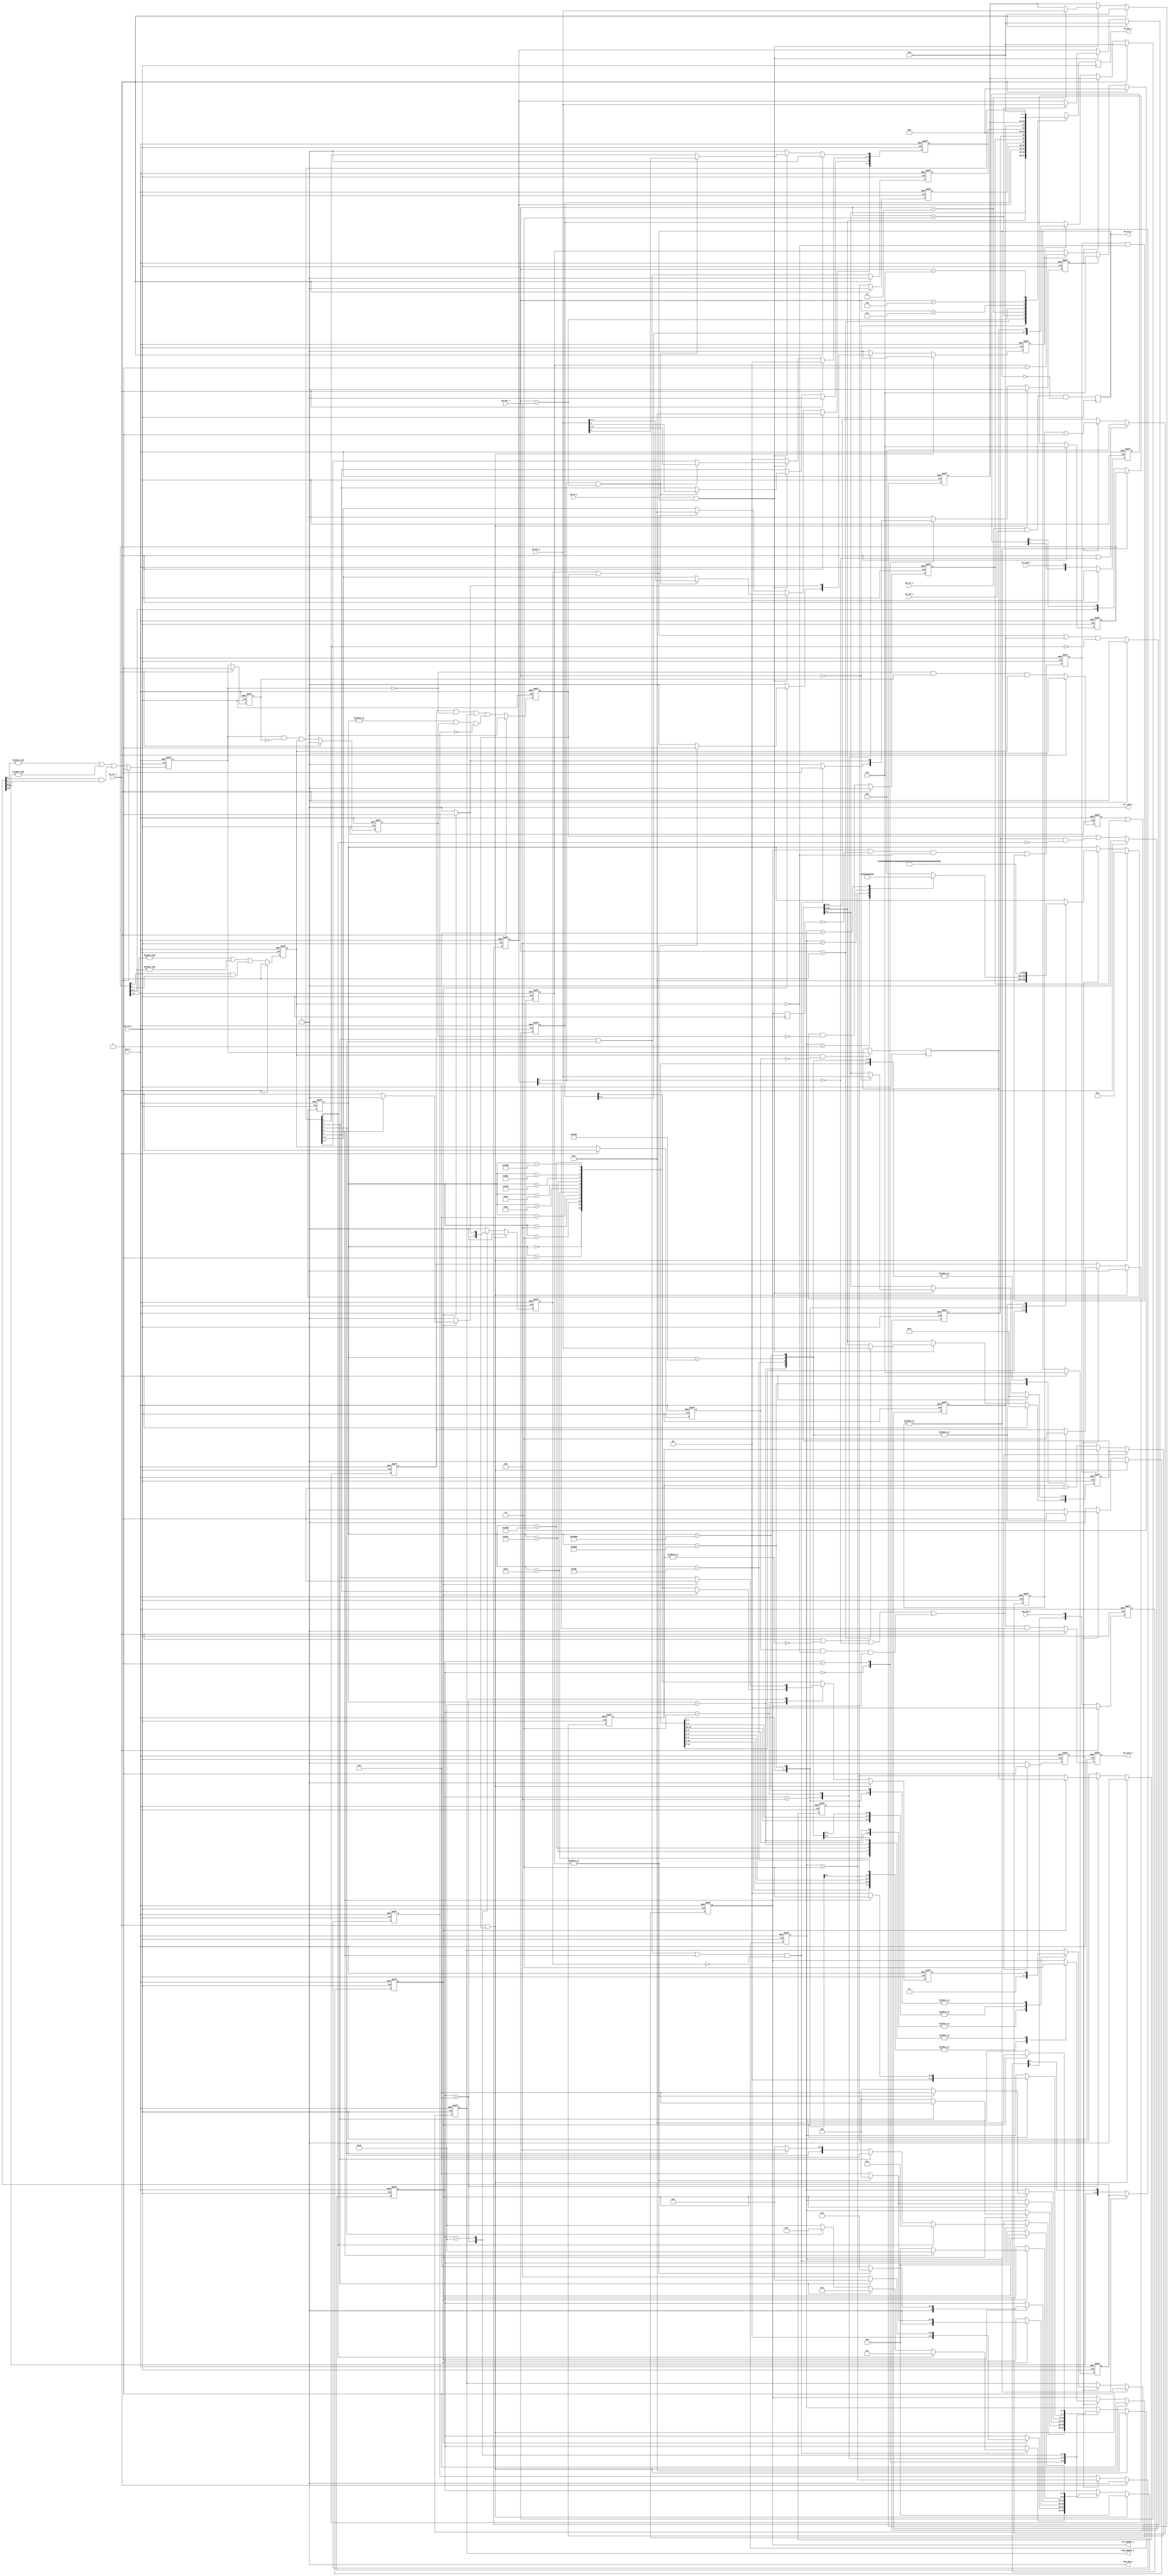
// This program was cloned from: https://github.com/HKUSTGZ-MICS-LYU/FlattenRTL
// License: MIT License

module i2c_master_top(
        wb_clk_i,
        wb_rst_i,
        arst_i,
        wb_adr_i,
        wb_dat_i,
        wb_dat_o,
        wb_we_i,
        wb_stb_i,
        wb_cyc_i,
        wb_ack_o,
        wb_inta_o,
        scl_pad_i,
        scl_pad_o,
        scl_padoen_o,
        sda_pad_i,
        sda_pad_o,
        sda_padoen_o
    );
    parameter ARST_LVL  = 1'b0;
    parameter [4:0]byte_controller_ST_IDLE  = 5'b0_0000;
    parameter [4:0]byte_controller_ST_START  = 5'b0_0001;
    parameter [4:0]byte_controller_ST_READ  = 5'b0_0010;
    parameter [4:0]byte_controller_ST_WRITE  = 5'b0_0100;
    parameter [4:0]byte_controller_ST_ACK  = 5'b0_1000;
    parameter [4:0]byte_controller_ST_STOP  = 5'b1_0000;
    parameter [17:0]byte_controller_bit_controller_idle  = 18'b0_0000_0000_0000_0000;
    parameter [17:0]byte_controller_bit_controller_start_a  = 18'b0_0000_0000_0000_0001;
    parameter [17:0]byte_controller_bit_controller_start_b  = 18'b0_0000_0000_0000_0010;
    parameter [17:0]byte_controller_bit_controller_start_c  = 18'b0_0000_0000_0000_0100;
    parameter [17:0]byte_controller_bit_controller_start_d  = 18'b0_0000_0000_0000_1000;
    parameter [17:0]byte_controller_bit_controller_start_e  = 18'b0_0000_0000_0001_0000;
    parameter [17:0]byte_controller_bit_controller_stop_a  = 18'b0_0000_0000_0010_0000;
    parameter [17:0]byte_controller_bit_controller_stop_b  = 18'b0_0000_0000_0100_0000;
    parameter [17:0]byte_controller_bit_controller_stop_c  = 18'b0_0000_0000_1000_0000;
    parameter [17:0]byte_controller_bit_controller_stop_d  = 18'b0_0000_0001_0000_0000;
    parameter [17:0]byte_controller_bit_controller_rd_a  = 18'b0_0000_0010_0000_0000;
    parameter [17:0]byte_controller_bit_controller_rd_b  = 18'b0_0000_0100_0000_0000;
    parameter [17:0]byte_controller_bit_controller_rd_c  = 18'b0_0000_1000_0000_0000;
    parameter [17:0]byte_controller_bit_controller_rd_d  = 18'b0_0001_0000_0000_0000;
    parameter [17:0]byte_controller_bit_controller_wr_a  = 18'b0_0010_0000_0000_0000;
    parameter [17:0]byte_controller_bit_controller_wr_b  = 18'b0_0100_0000_0000_0000;
    parameter [17:0]byte_controller_bit_controller_wr_c  = 18'b0_1000_0000_0000_0000;
    parameter [17:0]byte_controller_bit_controller_wr_d  = 18'b1_0000_0000_0000_0000;
    input wb_clk_i;
    input wb_rst_i;
    input arst_i;
    input [2:0] wb_adr_i;
    input [7:0] wb_dat_i;
    output reg [7:0] wb_dat_o;
    input wb_we_i;
    input wb_stb_i;
    input wb_cyc_i;
    output reg  wb_ack_o;
    output reg  wb_inta_o;
    input scl_pad_i;
    output scl_pad_o;
    output scl_padoen_o;
    input sda_pad_i;
    output sda_pad_o;
    output sda_padoen_o;
    reg [15:0] prer;
    reg [7:0] ctr;
    reg [7:0] txr;
    wire [7:0] rxr;
    reg [7:0] cr;
    wire [7:0] sr;
    wire done;
    wire core_en;
    wire ien;
    wire irxack;
    reg  rxack;
    reg  tip;
    reg  irq_flag;
    wire i2c_busy;
    wire i2c_al;
    reg  al;
    wire rst_i = ( arst_i ^ ARST_LVL );
    wire wb_wacc = ( wb_we_i & wb_ack_o );
    wire sta = cr[7];
    wire sto = cr[6];
    wire rd = cr[5];
    wire wr = cr[4];
    wire ack = cr[3];
    wire iack = cr[0];
    wire byte_controller_clk;
    wire byte_controller_rst;
    wire byte_controller_nReset;
    wire byte_controller_ena;
    wire [15:0] byte_controller_clk_cnt;
    wire byte_controller_start;
    wire byte_controller_stop;
    wire byte_controller_read;
    wire byte_controller_write;
    wire byte_controller_ack_in;
    wire [7:0] byte_controller_din;
    reg  byte_controller_cmd_ack;
    reg  byte_controller_ack_out;
    wire [7:0] byte_controller_dout;
    wire byte_controller_i2c_busy;
    wire byte_controller_i2c_al;
    wire byte_controller_scl_i;
    wire byte_controller_scl_o;
    wire byte_controller_scl_oen;
    wire byte_controller_sda_i;
    wire byte_controller_sda_o;
    wire byte_controller_sda_oen;
    reg [3:0] byte_controller_core_cmd;
    reg  byte_controller_core_txd;
    wire byte_controller_core_ack;
    wire byte_controller_core_rxd;
    reg [7:0] byte_controller_sr;
    reg  byte_controller_shift;
    reg  byte_controller_ld;
    wire byte_controller_go;
    reg [2:0] byte_controller_dcnt;
    wire byte_controller_cnt_done;
    reg [4:0] byte_controller_c_state;
    wire byte_controller_bit_controller_clk;
    wire byte_controller_bit_controller_rst;
    wire byte_controller_bit_controller_nReset;
    wire byte_controller_bit_controller_ena;
    wire [15:0] byte_controller_bit_controller_clk_cnt;
    wire [3:0] byte_controller_bit_controller_cmd;
    reg  byte_controller_bit_controller_cmd_ack;
    reg  byte_controller_bit_controller_busy;
    reg  byte_controller_bit_controller_al;
    wire byte_controller_bit_controller_din;
    reg  byte_controller_bit_controller_dout;
    wire byte_controller_bit_controller_scl_i;
    wire byte_controller_bit_controller_scl_o;
    reg  byte_controller_bit_controller_scl_oen;
    wire byte_controller_bit_controller_sda_i;
    wire byte_controller_bit_controller_sda_o;
    reg  byte_controller_bit_controller_sda_oen;
    reg [1:0] byte_controller_bit_controller_cSCL;
    reg [1:0] byte_controller_bit_controller_cSDA;
    reg [2:0] byte_controller_bit_controller_fSCL;
    reg [2:0] byte_controller_bit_controller_fSDA;
    reg  byte_controller_bit_controller_sSCL;
    reg  byte_controller_bit_controller_sSDA;
    reg  byte_controller_bit_controller_dSCL;
    reg  byte_controller_bit_controller_dSDA;
    reg  byte_controller_bit_controller_dscl_oen;
    reg  byte_controller_bit_controller_sda_chk;
    reg  byte_controller_bit_controller_clk_en;
    reg  byte_controller_bit_controller_slave_wait;
    reg [15:0] byte_controller_bit_controller_cnt;
    reg [13:0] byte_controller_bit_controller_filter_cnt;
    reg [17:0] byte_controller_bit_controller_c_state;
    wire byte_controller_bit_controller_scl_sync = ( ( byte_controller_bit_controller_dSCL &  ~( byte_controller_bit_controller_sSCL) ) & byte_controller_bit_controller_scl_oen );
    reg  byte_controller_bit_controller_sta_condition;
    reg  byte_controller_bit_controller_sto_condition;
    reg  byte_controller_bit_controller_cmd_stop;
    always @ (  posedge wb_clk_i)
    begin
        wb_ack_o <= #1 ( ( wb_cyc_i & wb_stb_i ) &  ~( wb_ack_o) );
    end
    always @ (  posedge wb_clk_i)
    begin
        case ( wb_adr_i ) 
        3'b000:
        begin
            wb_dat_o <= #1 prer[7:0];
        end
        3'b001:
        begin
            wb_dat_o <= #1 prer[15:8];
        end
        3'b010:
        begin
            wb_dat_o <= #1 ctr;
        end
        3'b011:
        begin
            wb_dat_o <= #1 rxr;
        end
        3'b100:
        begin
            wb_dat_o <= #1 sr;
        end
        3'b101:
        begin
            wb_dat_o <= #1 txr;
        end
        3'b110:
        begin
            wb_dat_o <= #1 cr;
        end
        3'b111:
        begin
            wb_dat_o <= #1 0;
        end
        endcase
    end
    always @ (  posedge wb_clk_i or  negedge rst_i)
    begin
        if (  !( rst_i) ) 
        begin
            prer <= #1 16'hffff;
            ctr <= #1 8'h0;
            txr <= #1 8'h0;
        end
        else
        begin
            if ( wb_rst_i ) 
            begin
                prer <= #1 16'hffff;
                ctr <= #1 8'h0;
                txr <= #1 8'h0;
            end
            else
            begin
                if ( wb_wacc ) 
                begin
                    case ( wb_adr_i ) 
                    3'b000:
                    begin
                        prer[7:0] <= #1 wb_dat_i;
                    end
                    3'b001:
                    begin
                        prer[15:8] <= #1 wb_dat_i;
                    end
                    3'b010:
                    begin
                        ctr <= #1 wb_dat_i;
                    end
                    3'b011:
                    begin
                        txr <= #1 wb_dat_i;
                    end
                    default :
                    begin
                        /* Empty Sequential Block */
                    end
                    endcase
                end
            end
        end
    end
    always @ (  posedge wb_clk_i or  negedge rst_i)
    begin
        if (  !( rst_i) ) 
        begin
            cr <= #1 8'h0;
        end
        else
        begin
            if ( wb_rst_i ) 
            begin
                cr <= #1 8'h0;
            end
            else
            begin
                if ( wb_wacc ) 
                begin
                    if ( core_en & ( wb_adr_i == 3'b100 ) ) 
                    begin
                        cr <= #1 wb_dat_i;
                    end
                end
                else
                begin
                    if ( done | i2c_al ) 
                    begin
                        cr[7:4] <= #1 4'h0;
                    end
                    cr[2:1] <= #1 2'b0;
                    cr[0] <= #1 1'b0;
                end
            end
        end
    end
    assign core_en = ctr[7];
    assign ien = ctr[6];
    always @ (  posedge wb_clk_i or  negedge rst_i)
    begin
        if (  !( rst_i) ) 
        begin
            al <= #1 1'b0;
            rxack <= #1 1'b0;
            tip <= #1 1'b0;
            irq_flag <= #1 1'b0;
        end
        else
        begin
            if ( wb_rst_i ) 
            begin
                al <= #1 1'b0;
                rxack <= #1 1'b0;
                tip <= #1 1'b0;
                irq_flag <= #1 1'b0;
            end
            else
            begin
                al <= #1 ( i2c_al | ( al &  ~( sta) ) );
                rxack <= #1 irxack;
                tip <= #1 ( rd | wr );
                irq_flag <= #1 ( ( ( done | i2c_al ) | irq_flag ) &  ~( iack) );
            end
        end
    end
    always @ (  posedge wb_clk_i or  negedge rst_i)
    begin
        if (  !( rst_i) ) 
        begin
            wb_inta_o <= #1 1'b0;
        end
        else
        begin
            if ( wb_rst_i ) 
            begin
                wb_inta_o <= #1 1'b0;
            end
            else
            begin
                wb_inta_o <= #1 ( irq_flag && ien );
            end
        end
    end
    assign sr[7] = rxack;
    assign sr[6] = i2c_busy;
    assign sr[5] = al;
    assign sr[4:2] = 3'h0;
    assign sr[1] = tip;
    assign sr[0] = irq_flag;
    assign byte_controller_clk = wb_clk_i;
    assign byte_controller_rst = wb_rst_i;
    assign byte_controller_nReset = rst_i;
    assign byte_controller_ena = core_en;
    assign byte_controller_clk_cnt = prer;
    assign byte_controller_start = sta;
    assign byte_controller_stop = sto;
    assign byte_controller_read = rd;
    assign byte_controller_write = wr;
    assign byte_controller_ack_in = ack;
    assign byte_controller_din = txr;
    assign done = byte_controller_cmd_ack;
    assign irxack = byte_controller_ack_out;
    assign rxr = byte_controller_dout;
    assign i2c_busy = byte_controller_i2c_busy;
    assign i2c_al = byte_controller_i2c_al;
    assign byte_controller_scl_i = scl_pad_i;
    assign scl_pad_o = byte_controller_scl_o;
    assign scl_padoen_o = byte_controller_scl_oen;
    assign byte_controller_sda_i = sda_pad_i;
    assign sda_pad_o = byte_controller_sda_o;
    assign sda_padoen_o = byte_controller_sda_oen;
    assign byte_controller_bit_controller_clk = byte_controller_clk;
    assign byte_controller_bit_controller_rst = byte_controller_rst;
    assign byte_controller_bit_controller_nReset = byte_controller_nReset;
    assign byte_controller_bit_controller_ena = byte_controller_ena;
    assign byte_controller_bit_controller_clk_cnt = byte_controller_clk_cnt;
    assign byte_controller_bit_controller_cmd = byte_controller_core_cmd;
    assign byte_controller_core_ack = byte_controller_bit_controller_cmd_ack;
    assign byte_controller_i2c_busy = byte_controller_bit_controller_busy;
    assign byte_controller_i2c_al = byte_controller_bit_controller_al;
    assign byte_controller_bit_controller_din = byte_controller_core_txd;
    assign byte_controller_core_rxd = byte_controller_bit_controller_dout;
    assign byte_controller_bit_controller_scl_i = byte_controller_scl_i;
    assign byte_controller_scl_o = byte_controller_bit_controller_scl_o;
    assign byte_controller_scl_oen = byte_controller_bit_controller_scl_oen;
    assign byte_controller_bit_controller_sda_i = byte_controller_sda_i;
    assign byte_controller_sda_o = byte_controller_bit_controller_sda_o;
    assign byte_controller_sda_oen = byte_controller_bit_controller_sda_oen;
    always @ (  posedge byte_controller_bit_controller_clk)
    begin
        byte_controller_bit_controller_dscl_oen <= byte_controller_bit_controller_scl_oen;
    end
    always @ (  posedge byte_controller_bit_controller_clk or  negedge byte_controller_bit_controller_nReset)
    begin
        if (  !( byte_controller_bit_controller_nReset) ) 
        begin
            byte_controller_bit_controller_slave_wait <= 1'b0;
        end
        else
        begin
            byte_controller_bit_controller_slave_wait <= ( ( ( byte_controller_bit_controller_scl_oen &  ~( byte_controller_bit_controller_dscl_oen) ) &  ~( byte_controller_bit_controller_sSCL) ) | ( byte_controller_bit_controller_slave_wait &  ~( byte_controller_bit_controller_sSCL) ) );
        end
    end
    always @ (  posedge byte_controller_bit_controller_clk or  negedge byte_controller_bit_controller_nReset)
    begin
        if (  ~( byte_controller_bit_controller_nReset) ) 
        begin
            byte_controller_bit_controller_cnt <= 16'h0;
            byte_controller_bit_controller_clk_en <= 1'b1;
        end
        else
        begin
            if ( ( ( byte_controller_bit_controller_rst ||  ~|( byte_controller_bit_controller_cnt) ) ||  !( byte_controller_bit_controller_ena) ) || byte_controller_bit_controller_scl_sync ) 
            begin
                byte_controller_bit_controller_cnt <= byte_controller_bit_controller_clk_cnt;
                byte_controller_bit_controller_clk_en <= 1'b1;
            end
            else
            begin
                if ( byte_controller_bit_controller_slave_wait ) 
                begin
                    byte_controller_bit_controller_cnt <= byte_controller_bit_controller_cnt;
                    byte_controller_bit_controller_clk_en <= 1'b0;
                end
                else
                begin
                    byte_controller_bit_controller_cnt <= ( byte_controller_bit_controller_cnt - 16'h1 );
                    byte_controller_bit_controller_clk_en <= 1'b0;
                end
            end
        end
    end
    always @ (  posedge byte_controller_bit_controller_clk or  negedge byte_controller_bit_controller_nReset)
    begin
        if (  !( byte_controller_bit_controller_nReset) ) 
        begin
            byte_controller_bit_controller_cSCL <= 2'b00;
            byte_controller_bit_controller_cSDA <= 2'b00;
        end
        else
        begin
            if ( byte_controller_bit_controller_rst ) 
            begin
                byte_controller_bit_controller_cSCL <= 2'b00;
                byte_controller_bit_controller_cSDA <= 2'b00;
            end
            else
            begin
                byte_controller_bit_controller_cSCL <= { byte_controller_bit_controller_cSCL[0], byte_controller_bit_controller_scl_i };
                byte_controller_bit_controller_cSDA <= { byte_controller_bit_controller_cSDA[0], byte_controller_bit_controller_sda_i };
            end
        end
    end
    always @ (  posedge byte_controller_bit_controller_clk or  negedge byte_controller_bit_controller_nReset)
    begin
        if (  !( byte_controller_bit_controller_nReset) ) 
        begin
            byte_controller_bit_controller_filter_cnt <= 14'h0;
        end
        else
        begin
            if ( byte_controller_bit_controller_rst ||  !( byte_controller_bit_controller_ena) ) 
            begin
                byte_controller_bit_controller_filter_cnt <= 14'h0;
            end
            else
            begin
                if (  ~|( byte_controller_bit_controller_filter_cnt) ) 
                begin
                    byte_controller_bit_controller_filter_cnt <= ( byte_controller_bit_controller_clk_cnt >> 2 );
                end
                else
                begin
                    byte_controller_bit_controller_filter_cnt <= ( byte_controller_bit_controller_filter_cnt - 1 );
                end
            end
        end
    end
    always @ (  posedge byte_controller_bit_controller_clk or  negedge byte_controller_bit_controller_nReset)
    begin
        if (  !( byte_controller_bit_controller_nReset) ) 
        begin
            byte_controller_bit_controller_fSCL <= 3'b111;
            byte_controller_bit_controller_fSDA <= 3'b111;
        end
        else
        begin
            if ( byte_controller_bit_controller_rst ) 
            begin
                byte_controller_bit_controller_fSCL <= 3'b111;
                byte_controller_bit_controller_fSDA <= 3'b111;
            end
            else
            begin
                if (  ~|( byte_controller_bit_controller_filter_cnt) ) 
                begin
                    byte_controller_bit_controller_fSCL <= { byte_controller_bit_controller_fSCL[1:0], byte_controller_bit_controller_cSCL[1] };
                    byte_controller_bit_controller_fSDA <= { byte_controller_bit_controller_fSDA[1:0], byte_controller_bit_controller_cSDA[1] };
                end
            end
        end
    end
    always @ (  posedge byte_controller_bit_controller_clk or  negedge byte_controller_bit_controller_nReset)
    begin
        if (  ~( byte_controller_bit_controller_nReset) ) 
        begin
            byte_controller_bit_controller_sSCL <= 1'b1;
            byte_controller_bit_controller_sSDA <= 1'b1;
            byte_controller_bit_controller_dSCL <= 1'b1;
            byte_controller_bit_controller_dSDA <= 1'b1;
        end
        else
        begin
            if ( byte_controller_bit_controller_rst ) 
            begin
                byte_controller_bit_controller_sSCL <= 1'b1;
                byte_controller_bit_controller_sSDA <= 1'b1;
                byte_controller_bit_controller_dSCL <= 1'b1;
                byte_controller_bit_controller_dSDA <= 1'b1;
            end
            else
            begin
                byte_controller_bit_controller_sSCL <= ( (  &( byte_controller_bit_controller_fSCL[2:1]) |  &( byte_controller_bit_controller_fSCL[1:0]) ) | ( byte_controller_bit_controller_fSCL[2] & byte_controller_bit_controller_fSCL[0] ) );
                byte_controller_bit_controller_sSDA <= ( (  &( byte_controller_bit_controller_fSDA[2:1]) |  &( byte_controller_bit_controller_fSDA[1:0]) ) | ( byte_controller_bit_controller_fSDA[2] & byte_controller_bit_controller_fSDA[0] ) );
                byte_controller_bit_controller_dSCL <= byte_controller_bit_controller_sSCL;
                byte_controller_bit_controller_dSDA <= byte_controller_bit_controller_sSDA;
            end
        end
    end
    always @ (  posedge byte_controller_bit_controller_clk or  negedge byte_controller_bit_controller_nReset)
    begin
        if (  ~( byte_controller_bit_controller_nReset) ) 
        begin
            byte_controller_bit_controller_sta_condition <= 1'b0;
            byte_controller_bit_controller_sto_condition <= 1'b0;
        end
        else
        begin
            if ( byte_controller_bit_controller_rst ) 
            begin
                byte_controller_bit_controller_sta_condition <= 1'b0;
                byte_controller_bit_controller_sto_condition <= 1'b0;
            end
            else
            begin
                byte_controller_bit_controller_sta_condition <= ( (  ~( byte_controller_bit_controller_sSDA) & byte_controller_bit_controller_dSDA ) & byte_controller_bit_controller_sSCL );
                byte_controller_bit_controller_sto_condition <= ( ( byte_controller_bit_controller_sSDA &  ~( byte_controller_bit_controller_dSDA) ) & byte_controller_bit_controller_sSCL );
            end
        end
    end
    always @ (  posedge byte_controller_bit_controller_clk or  negedge byte_controller_bit_controller_nReset)
    begin
        if (  !( byte_controller_bit_controller_nReset) ) 
        begin
            byte_controller_bit_controller_busy <= 1'b0;
        end
        else
        begin
            if ( byte_controller_bit_controller_rst ) 
            begin
                byte_controller_bit_controller_busy <= 1'b0;
            end
            else
            begin
                byte_controller_bit_controller_busy <= ( ( byte_controller_bit_controller_sta_condition | byte_controller_bit_controller_busy ) &  ~( byte_controller_bit_controller_sto_condition) );
            end
        end
    end
    always @ (  posedge byte_controller_bit_controller_clk or  negedge byte_controller_bit_controller_nReset)
    begin
        if (  ~( byte_controller_bit_controller_nReset) ) 
        begin
            byte_controller_bit_controller_cmd_stop <= 1'b0;
        end
        else
        begin
            if ( byte_controller_bit_controller_rst ) 
            begin
                byte_controller_bit_controller_cmd_stop <= 1'b0;
            end
            else
            begin
                if ( byte_controller_bit_controller_clk_en ) 
                begin
                    byte_controller_bit_controller_cmd_stop <= ( byte_controller_bit_controller_cmd == 4'b0010 );
                end
            end
        end
    end
    always @ (  posedge byte_controller_bit_controller_clk or  negedge byte_controller_bit_controller_nReset)
    begin
        if (  ~( byte_controller_bit_controller_nReset) ) 
        begin
            byte_controller_bit_controller_al <= 1'b0;
        end
        else
        begin
            if ( byte_controller_bit_controller_rst ) 
            begin
                byte_controller_bit_controller_al <= 1'b0;
            end
            else
            begin
                byte_controller_bit_controller_al <= ( ( ( byte_controller_bit_controller_sda_chk &  ~( byte_controller_bit_controller_sSDA) ) & byte_controller_bit_controller_sda_oen ) | ( (  |( byte_controller_bit_controller_c_state) & byte_controller_bit_controller_sto_condition ) &  ~( byte_controller_bit_controller_cmd_stop) ) );
            end
        end
    end
    always @ (  posedge byte_controller_bit_controller_clk)
    begin
        if ( byte_controller_bit_controller_sSCL &  ~( byte_controller_bit_controller_dSCL) ) 
        begin
            byte_controller_bit_controller_dout <= byte_controller_bit_controller_sSDA;
        end
    end
    always @ (  posedge byte_controller_bit_controller_clk or  negedge byte_controller_bit_controller_nReset)
    begin
        if (  !( byte_controller_bit_controller_nReset) ) 
        begin
            byte_controller_bit_controller_c_state <= byte_controller_bit_controller_idle;
            byte_controller_bit_controller_cmd_ack <= 1'b0;
            byte_controller_bit_controller_scl_oen <= 1'b1;
            byte_controller_bit_controller_sda_oen <= 1'b1;
            byte_controller_bit_controller_sda_chk <= 1'b0;
        end
        else
        begin
            if ( byte_controller_bit_controller_rst | byte_controller_bit_controller_al ) 
            begin
                byte_controller_bit_controller_c_state <= byte_controller_bit_controller_idle;
                byte_controller_bit_controller_cmd_ack <= 1'b0;
                byte_controller_bit_controller_scl_oen <= 1'b1;
                byte_controller_bit_controller_sda_oen <= 1'b1;
                byte_controller_bit_controller_sda_chk <= 1'b0;
            end
            else
            begin
                byte_controller_bit_controller_cmd_ack <= 1'b0;
                if ( byte_controller_bit_controller_clk_en ) 
                begin
                    case ( byte_controller_bit_controller_c_state ) 
                    byte_controller_bit_controller_idle:
                    begin
                        case ( byte_controller_bit_controller_cmd ) 
                        4'b0001:
                        begin
                            byte_controller_bit_controller_c_state <= byte_controller_bit_controller_start_a;
                        end
                        4'b0010:
                        begin
                            byte_controller_bit_controller_c_state <= byte_controller_bit_controller_stop_a;
                        end
                        4'b0100:
                        begin
                            byte_controller_bit_controller_c_state <= byte_controller_bit_controller_wr_a;
                        end
                        4'b1000:
                        begin
                            byte_controller_bit_controller_c_state <= byte_controller_bit_controller_rd_a;
                        end
                        default :
                        begin
                            byte_controller_bit_controller_c_state <= byte_controller_bit_controller_idle;
                        end
                        endcase
                        byte_controller_bit_controller_scl_oen <= byte_controller_bit_controller_scl_oen;
                        byte_controller_bit_controller_sda_oen <= byte_controller_bit_controller_sda_oen;
                        byte_controller_bit_controller_sda_chk <= 1'b0;
                    end
                    byte_controller_bit_controller_start_a:
                    begin
                        byte_controller_bit_controller_c_state <= byte_controller_bit_controller_start_b;
                        byte_controller_bit_controller_scl_oen <= byte_controller_bit_controller_scl_oen;
                        byte_controller_bit_controller_sda_oen <= 1'b1;
                        byte_controller_bit_controller_sda_chk <= 1'b0;
                    end
                    byte_controller_bit_controller_start_b:
                    begin
                        byte_controller_bit_controller_c_state <= byte_controller_bit_controller_start_c;
                        byte_controller_bit_controller_scl_oen <= 1'b1;
                        byte_controller_bit_controller_sda_oen <= 1'b1;
                        byte_controller_bit_controller_sda_chk <= 1'b0;
                    end
                    byte_controller_bit_controller_start_c:
                    begin
                        byte_controller_bit_controller_c_state <= byte_controller_bit_controller_start_d;
                        byte_controller_bit_controller_scl_oen <= 1'b1;
                        byte_controller_bit_controller_sda_oen <= 1'b0;
                        byte_controller_bit_controller_sda_chk <= 1'b0;
                    end
                    byte_controller_bit_controller_start_d:
                    begin
                        byte_controller_bit_controller_c_state <= byte_controller_bit_controller_start_e;
                        byte_controller_bit_controller_scl_oen <= 1'b1;
                        byte_controller_bit_controller_sda_oen <= 1'b0;
                        byte_controller_bit_controller_sda_chk <= 1'b0;
                    end
                    byte_controller_bit_controller_start_e:
                    begin
                        byte_controller_bit_controller_c_state <= byte_controller_bit_controller_idle;
                        byte_controller_bit_controller_cmd_ack <= 1'b1;
                        byte_controller_bit_controller_scl_oen <= 1'b0;
                        byte_controller_bit_controller_sda_oen <= 1'b0;
                        byte_controller_bit_controller_sda_chk <= 1'b0;
                    end
                    byte_controller_bit_controller_stop_a:
                    begin
                        byte_controller_bit_controller_c_state <= byte_controller_bit_controller_stop_b;
                        byte_controller_bit_controller_scl_oen <= 1'b0;
                        byte_controller_bit_controller_sda_oen <= 1'b0;
                        byte_controller_bit_controller_sda_chk <= 1'b0;
                    end
                    byte_controller_bit_controller_stop_b:
                    begin
                        byte_controller_bit_controller_c_state <= byte_controller_bit_controller_stop_c;
                        byte_controller_bit_controller_scl_oen <= 1'b1;
                        byte_controller_bit_controller_sda_oen <= 1'b0;
                        byte_controller_bit_controller_sda_chk <= 1'b0;
                    end
                    byte_controller_bit_controller_stop_c:
                    begin
                        byte_controller_bit_controller_c_state <= byte_controller_bit_controller_stop_d;
                        byte_controller_bit_controller_scl_oen <= 1'b1;
                        byte_controller_bit_controller_sda_oen <= 1'b0;
                        byte_controller_bit_controller_sda_chk <= 1'b0;
                    end
                    byte_controller_bit_controller_stop_d:
                    begin
                        byte_controller_bit_controller_c_state <= byte_controller_bit_controller_idle;
                        byte_controller_bit_controller_cmd_ack <= 1'b1;
                        byte_controller_bit_controller_scl_oen <= 1'b1;
                        byte_controller_bit_controller_sda_oen <= 1'b1;
                        byte_controller_bit_controller_sda_chk <= 1'b0;
                    end
                    byte_controller_bit_controller_rd_a:
                    begin
                        byte_controller_bit_controller_c_state <= byte_controller_bit_controller_rd_b;
                        byte_controller_bit_controller_scl_oen <= 1'b0;
                        byte_controller_bit_controller_sda_oen <= 1'b1;
                        byte_controller_bit_controller_sda_chk <= 1'b0;
                    end
                    byte_controller_bit_controller_rd_b:
                    begin
                        byte_controller_bit_controller_c_state <= byte_controller_bit_controller_rd_c;
                        byte_controller_bit_controller_scl_oen <= 1'b1;
                        byte_controller_bit_controller_sda_oen <= 1'b1;
                        byte_controller_bit_controller_sda_chk <= 1'b0;
                    end
                    byte_controller_bit_controller_rd_c:
                    begin
                        byte_controller_bit_controller_c_state <= byte_controller_bit_controller_rd_d;
                        byte_controller_bit_controller_scl_oen <= 1'b1;
                        byte_controller_bit_controller_sda_oen <= 1'b1;
                        byte_controller_bit_controller_sda_chk <= 1'b0;
                    end
                    byte_controller_bit_controller_rd_d:
                    begin
                        byte_controller_bit_controller_c_state <= byte_controller_bit_controller_idle;
                        byte_controller_bit_controller_cmd_ack <= 1'b1;
                        byte_controller_bit_controller_scl_oen <= 1'b0;
                        byte_controller_bit_controller_sda_oen <= 1'b1;
                        byte_controller_bit_controller_sda_chk <= 1'b0;
                    end
                    byte_controller_bit_controller_wr_a:
                    begin
                        byte_controller_bit_controller_c_state <= byte_controller_bit_controller_wr_b;
                        byte_controller_bit_controller_scl_oen <= 1'b0;
                        byte_controller_bit_controller_sda_oen <= byte_controller_bit_controller_din;
                        byte_controller_bit_controller_sda_chk <= 1'b0;
                    end
                    byte_controller_bit_controller_wr_b:
                    begin
                        byte_controller_bit_controller_c_state <= byte_controller_bit_controller_wr_c;
                        byte_controller_bit_controller_scl_oen <= 1'b1;
                        byte_controller_bit_controller_sda_oen <= byte_controller_bit_controller_din;
                        byte_controller_bit_controller_sda_chk <= 1'b0;
                    end
                    byte_controller_bit_controller_wr_c:
                    begin
                        byte_controller_bit_controller_c_state <= byte_controller_bit_controller_wr_d;
                        byte_controller_bit_controller_scl_oen <= 1'b1;
                        byte_controller_bit_controller_sda_oen <= byte_controller_bit_controller_din;
                        byte_controller_bit_controller_sda_chk <= 1'b1;
                    end
                    byte_controller_bit_controller_wr_d:
                    begin
                        byte_controller_bit_controller_c_state <= byte_controller_bit_controller_idle;
                        byte_controller_bit_controller_cmd_ack <= 1'b1;
                        byte_controller_bit_controller_scl_oen <= 1'b0;
                        byte_controller_bit_controller_sda_oen <= byte_controller_bit_controller_din;
                        byte_controller_bit_controller_sda_chk <= 1'b0;
                    end
                    endcase
                end
            end
        end
    end
    assign byte_controller_bit_controller_scl_o = 1'b0;
    assign byte_controller_bit_controller_sda_o = 1'b0;
    assign byte_controller_go = ( ( ( byte_controller_read | byte_controller_write ) | byte_controller_stop ) &  ~( byte_controller_cmd_ack) );
    assign byte_controller_dout = byte_controller_sr;
    always @ (  posedge byte_controller_clk or  negedge byte_controller_nReset)
    begin
        if (  !( byte_controller_nReset) ) 
        begin
            byte_controller_sr <= 8'h0;
        end
        else
        begin
            if ( byte_controller_rst ) 
            begin
                byte_controller_sr <= 8'h0;
            end
            else
            begin
                if ( byte_controller_ld ) 
                begin
                    byte_controller_sr <= byte_controller_din;
                end
                else
                begin
                    if ( byte_controller_shift ) 
                    begin
                        byte_controller_sr <= { byte_controller_sr[6:0], byte_controller_core_rxd };
                    end
                end
            end
        end
    end
    always @ (  posedge byte_controller_clk or  negedge byte_controller_nReset)
    begin
        if (  !( byte_controller_nReset) ) 
        begin
            byte_controller_dcnt <= 3'h0;
        end
        else
        begin
            if ( byte_controller_rst ) 
            begin
                byte_controller_dcnt <= 3'h0;
            end
            else
            begin
                if ( byte_controller_ld ) 
                begin
                    byte_controller_dcnt <= 3'h7;
                end
                else
                begin
                    if ( byte_controller_shift ) 
                    begin
                        byte_controller_dcnt <= ( byte_controller_dcnt - 3'h1 );
                    end
                end
            end
        end
    end
    assign byte_controller_cnt_done =  ~(  |( byte_controller_dcnt));
    always @ (  posedge byte_controller_clk or  negedge byte_controller_nReset)
    begin
        if (  !( byte_controller_nReset) ) 
        begin
            byte_controller_core_cmd <= 4'b0000;
            byte_controller_core_txd <= 1'b0;
            byte_controller_shift <= 1'b0;
            byte_controller_ld <= 1'b0;
            byte_controller_cmd_ack <= 1'b0;
            byte_controller_c_state <= byte_controller_ST_IDLE;
            byte_controller_ack_out <= 1'b0;
        end
        else
        begin
            if ( byte_controller_rst | byte_controller_i2c_al ) 
            begin
                byte_controller_core_cmd <= 4'b0000;
                byte_controller_core_txd <= 1'b0;
                byte_controller_shift <= 1'b0;
                byte_controller_ld <= 1'b0;
                byte_controller_cmd_ack <= 1'b0;
                byte_controller_c_state <= byte_controller_ST_IDLE;
                byte_controller_ack_out <= 1'b0;
            end
            else
            begin
                byte_controller_core_txd <= byte_controller_sr[7];
                byte_controller_shift <= 1'b0;
                byte_controller_ld <= 1'b0;
                byte_controller_cmd_ack <= 1'b0;
                case ( byte_controller_c_state ) 
                byte_controller_ST_IDLE:
                begin
                    if ( byte_controller_go ) 
                    begin
                        if ( byte_controller_start ) 
                        begin
                            byte_controller_c_state <= byte_controller_ST_START;
                            byte_controller_core_cmd <= 4'b0001;
                        end
                        else
                        begin
                            if ( byte_controller_read ) 
                            begin
                                byte_controller_c_state <= byte_controller_ST_READ;
                                byte_controller_core_cmd <= 4'b1000;
                            end
                            else
                            begin
                                if ( byte_controller_write ) 
                                begin
                                    byte_controller_c_state <= byte_controller_ST_WRITE;
                                    byte_controller_core_cmd <= 4'b0100;
                                end
                                else
                                begin
                                    byte_controller_c_state <= byte_controller_ST_STOP;
                                    byte_controller_core_cmd <= 4'b0010;
                                end
                            end
                        end
                        byte_controller_ld <= 1'b1;
                    end
                end
                byte_controller_ST_START:
                begin
                    if ( byte_controller_core_ack ) 
                    begin
                        if ( byte_controller_read ) 
                        begin
                            byte_controller_c_state <= byte_controller_ST_READ;
                            byte_controller_core_cmd <= 4'b1000;
                        end
                        else
                        begin
                            byte_controller_c_state <= byte_controller_ST_WRITE;
                            byte_controller_core_cmd <= 4'b0100;
                        end
                        byte_controller_ld <= 1'b1;
                    end
                end
                byte_controller_ST_WRITE:
                begin
                    if ( byte_controller_core_ack ) 
                    begin
                        if ( byte_controller_cnt_done ) 
                        begin
                            byte_controller_c_state <= byte_controller_ST_ACK;
                            byte_controller_core_cmd <= 4'b1000;
                        end
                        else
                        begin
                            byte_controller_c_state <= byte_controller_ST_WRITE;
                            byte_controller_core_cmd <= 4'b0100;
                            byte_controller_shift <= 1'b1;
                        end
                    end
                end
                byte_controller_ST_READ:
                begin
                    if ( byte_controller_core_ack ) 
                    begin
                        if ( byte_controller_cnt_done ) 
                        begin
                            byte_controller_c_state <= byte_controller_ST_ACK;
                            byte_controller_core_cmd <= 4'b0100;
                        end
                        else
                        begin
                            byte_controller_c_state <= byte_controller_ST_READ;
                            byte_controller_core_cmd <= 4'b1000;
                        end
                        byte_controller_shift <= 1'b1;
                        byte_controller_core_txd <= byte_controller_ack_in;
                    end
                end
                byte_controller_ST_ACK:
                begin
                    if ( byte_controller_core_ack ) 
                    begin
                        if ( byte_controller_stop ) 
                        begin
                            byte_controller_c_state <= byte_controller_ST_STOP;
                            byte_controller_core_cmd <= 4'b0010;
                        end
                        else
                        begin
                            byte_controller_c_state <= byte_controller_ST_IDLE;
                            byte_controller_core_cmd <= 4'b0000;
                            byte_controller_cmd_ack <= 1'b1;
                        end
                        byte_controller_ack_out <= byte_controller_core_rxd;
                        byte_controller_core_txd <= 1'b1;
                    end
                    else
                    begin
                        byte_controller_core_txd <= byte_controller_ack_in;
                    end
                end
                byte_controller_ST_STOP:
                begin
                    if ( byte_controller_core_ack ) 
                    begin
                        byte_controller_c_state <= byte_controller_ST_IDLE;
                        byte_controller_core_cmd <= 4'b0000;
                        byte_controller_cmd_ack <= 1'b1;
                    end
                end
                endcase
            end
        end
    end
endmodule